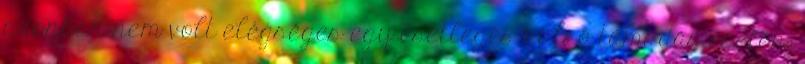
azonban nem volt elégséges egy esetleges külső támadás esetén,